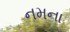
નમના